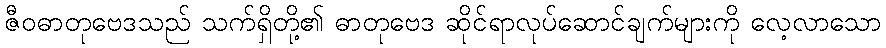
ဇီဝဓာတုဗေဒသည် သက်ရှိတို့၏ ဓာတုဗေဒ ဆိုင်ရာလုပ်ဆောင်ချက်များကို လေ့လာသော